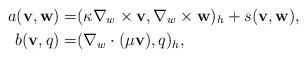
LaTeX: \begin{align*}a(\textbf{v},\textbf{w})=&(\kappa\nabla_{w}\times\textbf{v},\nabla_{w} \times\textbf{w})_h+s(\textbf{v},\textbf{w}),\\b(\textbf{v},q)=&(\nabla_{w}\cdot (\mu\textbf{v}),q)_h,\end{align*}